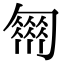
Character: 𠤈